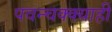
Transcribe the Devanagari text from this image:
पवन्चक्क्याही